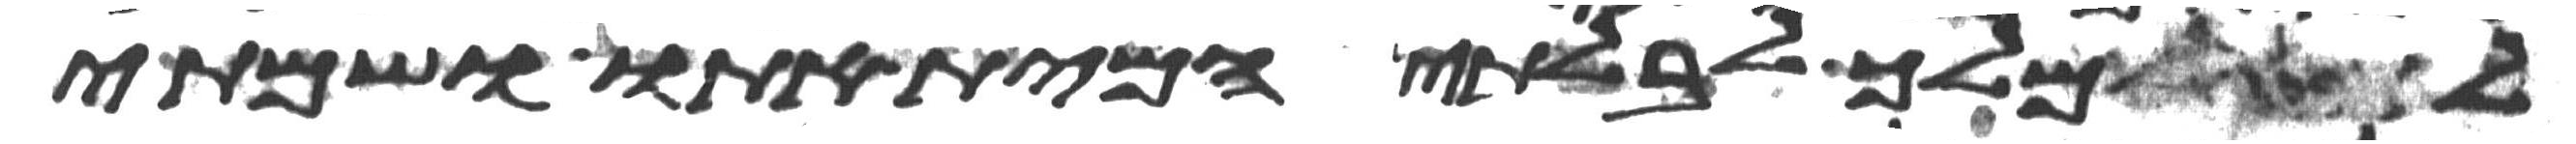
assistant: למלך לבלתי המית אתו ושמתי